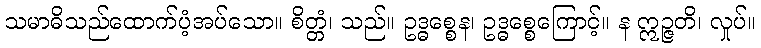
သမာဓိသည်ထောက်ပံ့အပ်သော။ စိတ္တံ၊ သည်။ ဥဒ္ဓစ္စေန၊ ဥဒ္ဓစ္စေကြောင့်။ န ဣဉ္ဇတိ၊ လှုပ်။